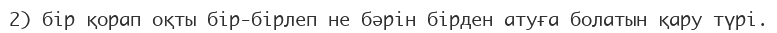
2) бір қорап оқты бір-бірлеп не бәрін бірден атуға болатын қару түрі.